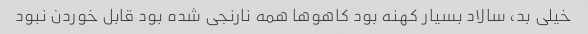
خیلی بد، سالاد بسیار کهنه بود کاهو‌ها همه نارنجی شده بود قابل خوردن نبود